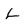
Character: L